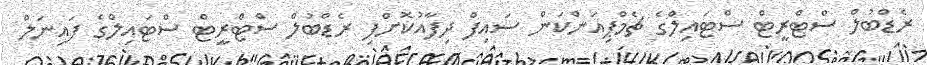
ރެޑްބުލް ސްޓްރީޓް ސްޓައިލްގެ ޗެމްޕިއަންކަން ސައިފް ދިފާއުކޮށްފި ރެޑްބުލް ސްޓްރީޓް ސްޓައިލްގެ ފައިނަލް